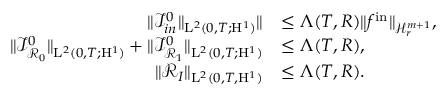
\begin{array} { r l } { \Vert \mathcal { I } _ { i n } ^ { 0 } \Vert _ { \mathrm { L } ^ { 2 } ( 0 , T ; \mathrm { H } ^ { 1 } ) } \Vert } & { \leq \Lambda ( T , R ) \Vert f ^ { \mathrm { i n } } \Vert _ { \mathcal { H } _ { r } ^ { m + 1 } } , } \\ { \Vert \mathcal { I } _ { \mathcal { R } _ { 0 } } ^ { 0 } \Vert _ { \mathrm { L } ^ { 2 } ( 0 , T ; \mathrm { H } ^ { 1 } ) } + \Vert \mathcal { I } _ { \mathcal { R } _ { 1 } } ^ { 0 } \Vert _ { \mathrm { L } ^ { 2 } ( 0 , T ; \mathrm { H } ^ { 1 } ) } } & { \leq \Lambda ( T , R ) , } \\ { \Vert \mathscr { R } _ { I } \Vert _ { \mathrm { L } ^ { 2 } ( 0 , T , \mathrm { H } ^ { 1 } ) } } & { \leq \Lambda ( T , R ) . } \end{array}